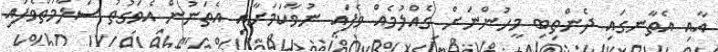
އާއި އެތާނގައި ދެންތިބި މީހުންނަށް ގެއްލުމެއް ވެފައި ނުވާކަމަށާއި އެތަނުން އެވަގުތު ސަލާމަތްވެފައި